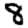
Digit: 8